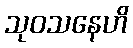
သုဝသနေဟိ